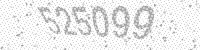
Solution: 525099